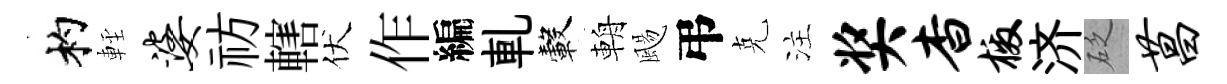
杓䡖婆祊轄伏作編軋轂輈颺弔克注奖杳檄济砭菖